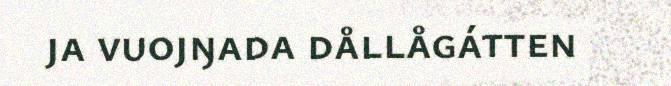
ja vuojŋada dållågátten